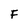
Character: F